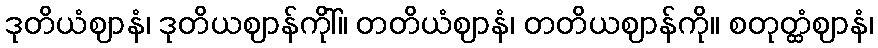
ဒုတိယံဈာနံ၊ ဒုတိယဈာန်ကိုါ်။ တတိယံဈာနံ၊ တတိယဈာန်ကို။ စတုတ္ထံဈာနံ၊